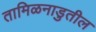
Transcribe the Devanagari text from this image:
तामिळनाडुतील